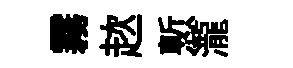
霧趑慙瀧